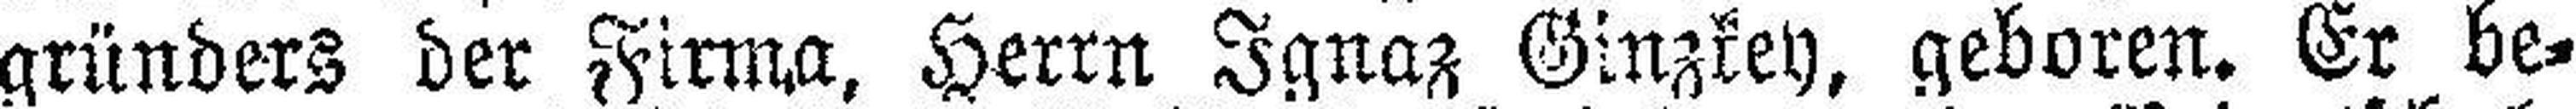
gründers der Firma, Herrn Ignaz Ginzkey, geboren. Er be¬